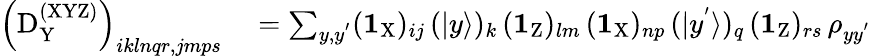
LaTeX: \begin{array}{rl}{\left(\mathrm{D}_{\mathrm Y}^{\mathrm{(XYZ)}}\right)_{iklnqr,jmps}}&{{}=\sum_{y,y^{'}}(\textbf{1}_{\mathrm{X}})_{ij}\, (|y\rangle)_{k}\, (\textbf{1}_{\mathrm{Z}})_{lm}\, (\textbf{1}_{\mathrm{X}})_{np}\, (|y^{'}\rangle)_{q}\, (\textbf{1}_{\mathrm{Z}})_{rs}\, \rho_{yy^{'}}}\end{array}